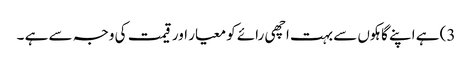
3) ہے اپنے گاہکوں سے بہت اچھی رائے کو معیار اور قیمت کی وجہ سے ہے ۔